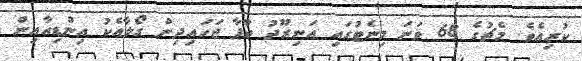
ކުރިއެވެ. މެޗުގެ 68 ވަނަ މިނެޓުގައި އަނިރޫދު ތާޕާ ޖަހައިދިން ގޯލާއެކު އިންޑިއާއިން